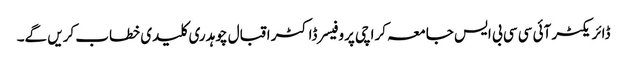
ڈائریکٹر آئی سی سی بی ایس جامعہ کراچی پروفیسر ڈاکٹر اقبال چوہدری کلیدی خطاب کریں گے۔